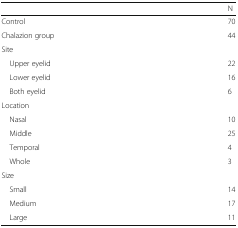
<table><thead><tr><td></td><td><b>N</b></td></tr></thead><tbody><tr><td>Control</td><td>70</td></tr><tr><td>Chalazion group</td><td>44</td></tr><tr><td colspan="2">Site</td></tr><tr><td> Upper eyelid</td><td>22</td></tr><tr><td> Lower eyelid</td><td>16</td></tr><tr><td> Both eyelid</td><td>6</td></tr><tr><td colspan="2">Location</td></tr><tr><td> Nasal</td><td>10</td></tr><tr><td> Middle</td><td>25</td></tr><tr><td> Temporal</td><td>4</td></tr><tr><td> Whole</td><td>3</td></tr><tr><td colspan="2">Size</td></tr><tr><td> Small</td><td>14</td></tr><tr><td> Medium</td><td>17</td></tr><tr><td> Large</td><td>11</td></tr></tbody></table>